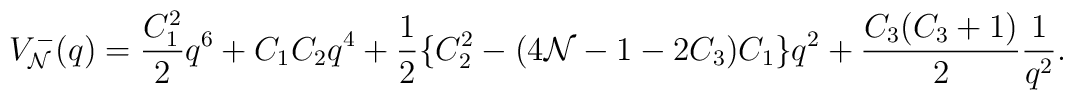
V_{\cal N}^-(q) = \frac{C_1^2}{2} q^6 + C_1 C_2 q^4       + \frac12\{C_2^2-(4 {\cal N}-1-2 C_3) C_1\} q^2+\frac{C_3(C_3 + 1)}{2}\frac{1}{q^2}.